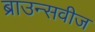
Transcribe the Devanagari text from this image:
ब्राउन्सवीज